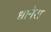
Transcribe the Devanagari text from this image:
धानेरा